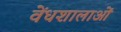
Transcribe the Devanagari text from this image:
वेंधशालाओं